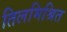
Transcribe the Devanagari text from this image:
तिलमिश्रित